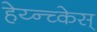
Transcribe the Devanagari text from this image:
हेय्न्च्केस्